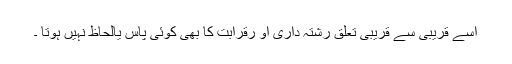
اسے قریبی سے قریبی تعلق رشتہ داری او رقرابت کا بھی کوئی پاس یالحاظ نہیں ہوتا ۔